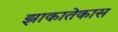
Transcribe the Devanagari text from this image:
झाकातेकास